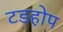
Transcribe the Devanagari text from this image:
टडहोप